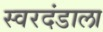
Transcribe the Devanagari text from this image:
स्वरदंडाला